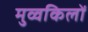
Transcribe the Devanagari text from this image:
मुव्वकिलों